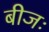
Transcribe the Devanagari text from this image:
बीजः